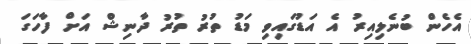
އެހެން ބުނެލިއިރު އެ އަޑުގައިވި މަޑު ތުރު ތުރު ދާނިޝް އަށް ފާހަގަ